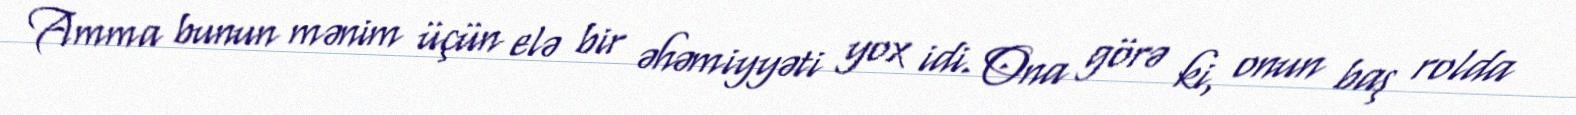
Amma bunun mənim üçün elə bir əhəmiyyəti yox idi. Ona görə ki, onun baş rolda